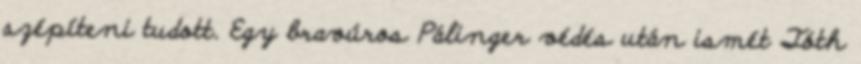
szépíteni tudott. Egy bravúros Pálinger védés után ismét Tóth